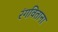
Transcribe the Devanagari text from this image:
रंगविताना